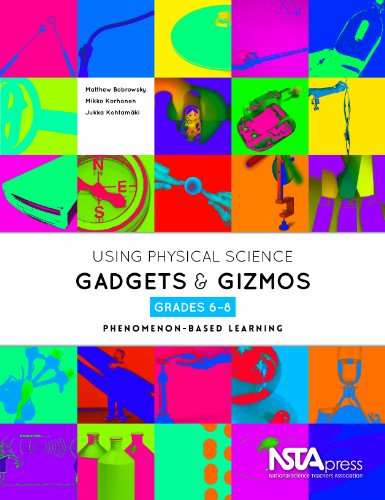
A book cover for Using Physical Science Gadgets and Gizmos, Grades 6-8: Phenomenon-Based Learning; Matthew Bobrowsky; Children's Books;